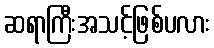
ဆရာကြီးအသင့်ဖြစ်ပလား